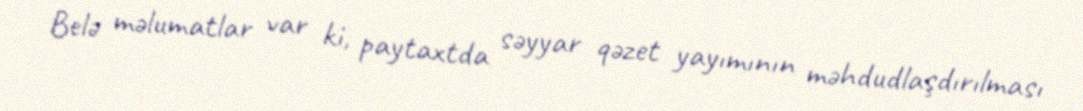
Belə məlumatlar var ki, paytaxtda səyyar qəzet yayımının məhdudlaşdırılması